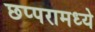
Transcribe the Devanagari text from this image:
छप्परामध्ये